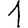
Digit: 1